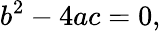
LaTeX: b^{2}-4ac=0,